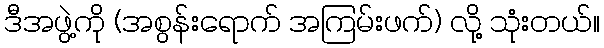
ဒီအဖွဲ့ကို (အစွန်းရောက် အကြမ်းဖက်) လို့ သုံးတယ်။